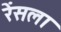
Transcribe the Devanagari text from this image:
रेंसला